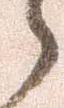
之